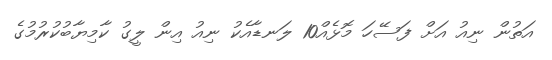
އަތުން ނިއު އަށް ފަސޭހަ މޮޅެއް10 ލަނޑާއެކު ނިއު އިން ލީގު ކާމިޔާބުކުރުމުގެ